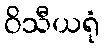
ဝိသီယရုံ